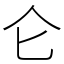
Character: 仑